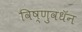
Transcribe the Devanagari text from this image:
विष्णुवधॅन